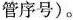
管序号)。